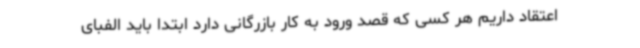
اعتقاد داریم هر کسی که قصد ورود به کار بازرگانی دارد ابتدا باید الفبای